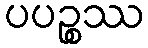
ပပဉ္စဿ